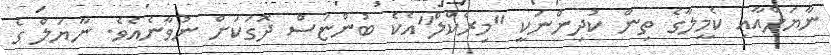
ނާޔަލްއާއި ކެމީލާގެ ތިން ކުދިންނަކީ "މިރެކްލް"އެކެ ބުންޏަސް ދޮގަކަށް ނުވާނެއެވެ. ނާޔަލް ގެ